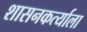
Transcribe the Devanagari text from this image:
शासनकर्त्याला